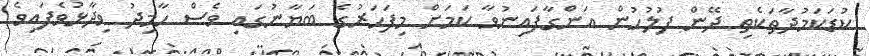
ކުޑަކަމުދާތަކެތި ދޭން ފުލުހުން އަންގާފައިނުވާ ކަމަށް މިފަހަރުގެ ބަޔާނުގައި ވެސް ހާމިދު ވިދާޅުވެފައިވެ